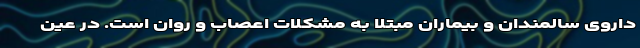
داروی سالمندان و بیماران مبتلا به مشکلات اعصاب و روان است. در عین